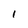
Character: 1